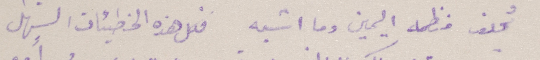
يُحلف منظمه اليمين وما اشبه فكل هذه الخطيئات السهل